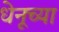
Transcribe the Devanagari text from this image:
धेनूच्या